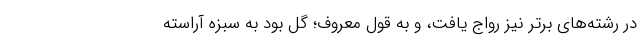
در رشته‌های برتر نیز رواج یافت، و به قول معروف؛ گل بود به سبزه آراسته